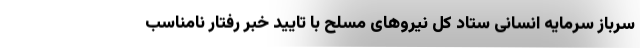
سرباز سرمایه انسانی ستاد کل نیروهای مسلح با تایید خبر رفتار نامناسب